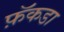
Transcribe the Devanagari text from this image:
फ़ॅकडा